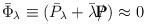
LaTeX: \begin{align*}\bar \Phi_{\lambda } \equiv (\bar P_{\lambda } + \bar \lambda / {\hskip - 0.27 cm {\bf P}} )\approx0\end{align*}